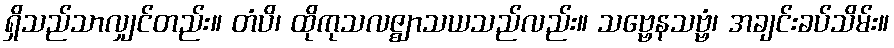
ရှိသည်သာလျှင်တည်း။ တံပိ၊ ထိုကုသလဇ္ဈာသယသည်လည်း။ သဗ္ဗေနသဗ္ဗံ၊ အချင်းခပ်သိမ်း။